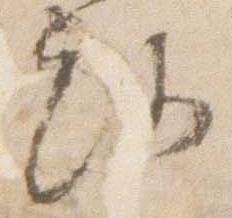
路